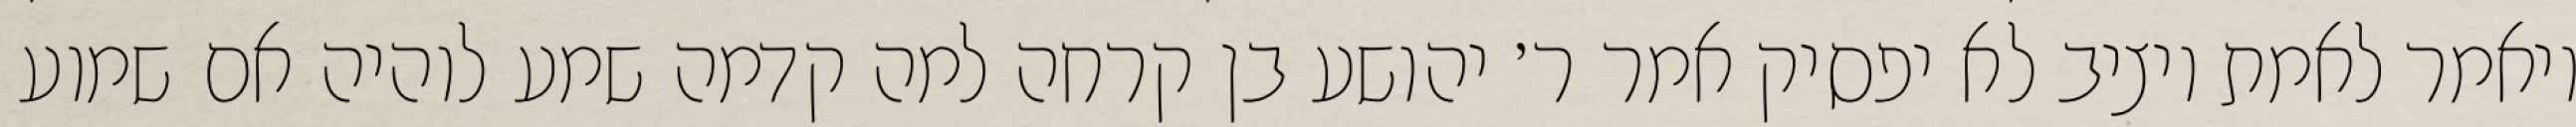
ויאמר לאמת ויציב לא יפסיק אמר ר׳ יהושע בן קרחה למה קדמה שמע לוהיה אם שמוע